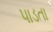
પાડતા